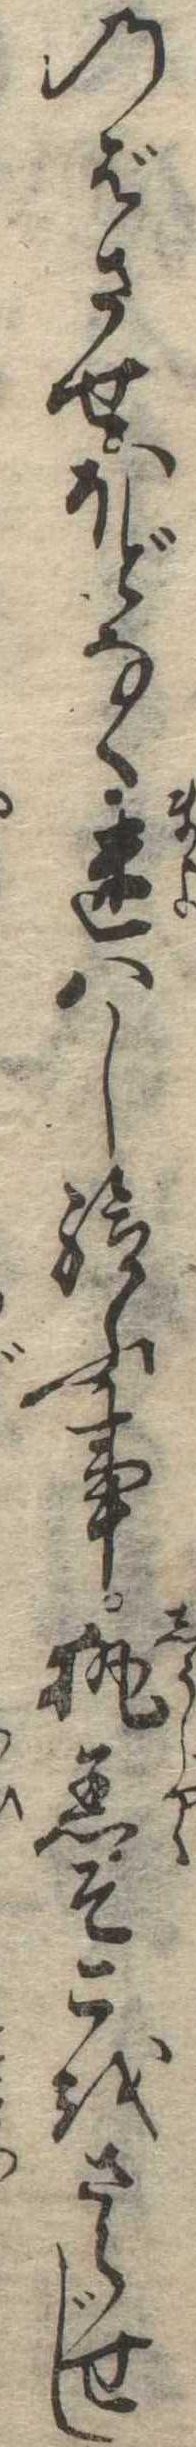
のばさせほどなく迷はし給ふ事執着そこをさらせじ